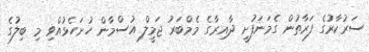
ސަރުކާރުގެ ފަރާތުން ގެމަނަފުށީ ދާއިރާގެ މެމްބަރު ޖަމީލް އުސްމާން ހުށަހެޅުއްވި މި ބިލުގެ